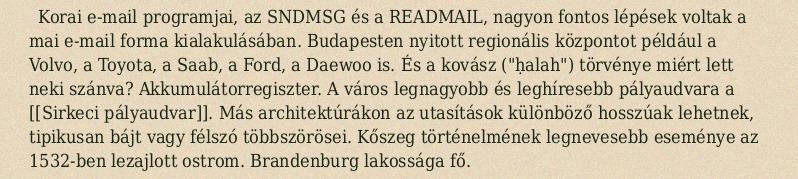
Korai e-mail programjai, az SNDMSG és a READMAIL, nagyon fontos lépések voltak a mai e-mail forma kialakulásában. Budapesten nyitott regionális központot például a Volvo, a Toyota, a Saab, a Ford, a Daewoo is. És a kovász ("ḥalah") törvénye miért lett neki szánva? Akkumulátorregiszter. A város legnagyobb és leghíresebb pályaudvara a [[Sirkeci pályaudvar]]. Más architektúrákon az utasítások különböző hosszúak lehetnek, tipikusan bájt vagy félszó többszörösei. Kőszeg történelmének legnevesebb eseménye az 1532-ben lezajlott ostrom. Brandenburg lakossága fő.